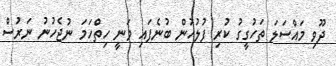
ދޫވި މައްސަލަ ތަހުގީގު ކުރި ފުލުހުން ބުނެފައި ވަނީ ހިތްހަމަ ނުޖެހުނު ނަރުސް